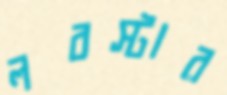
লবস্টার